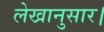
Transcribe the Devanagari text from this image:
लेखानुसार।